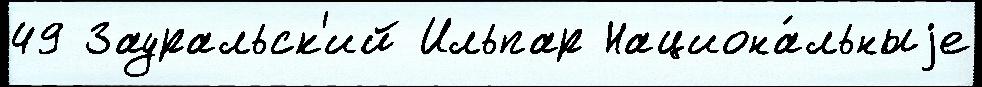
49 Зауральск'ий Ильпар Национа́льныjе